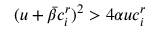
( u + \bar { \beta } c _ { i } ^ { r } ) ^ { 2 } > 4 \alpha u c _ { i } ^ { r }